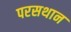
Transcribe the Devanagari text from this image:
परसथान